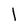
Character: 1